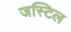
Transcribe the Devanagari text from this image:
जस्टिल